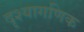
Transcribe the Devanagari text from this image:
दृश्यागणिक